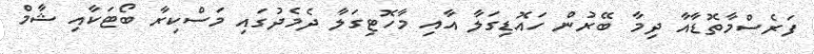
ފަރެސްމާތޮޑާއާ ދިމާ ބޭރުން ހައޮޑިގަލާ އާއި މާހޮޓިގަލާ ދެމެދުގައި މަސްކިރާ ބޯޓަކާއި ޝާމް